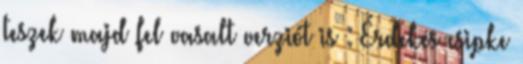
teszek majd fel vasalt verziót is : Érdekes csipke